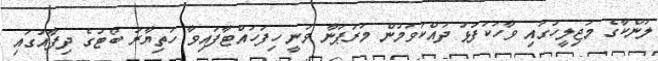
ލަންކާގެ މަޖިލީހުގައި ވާހަކަފުޅު ދައްކަވަމުން މަރަޕަނާ ވަނީ ހިފަހައްޓާފައިވާ ހަތިޔާރު ބޯޓުގެ ދިފާއުގައި